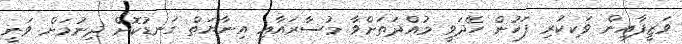
ވަޒީފާއިން ވަކިކުރި ފަހުން ހޭދަވީ މުއްދަތަށްވާ މުސާރައާއި އިނާޔަތް ގަނޑުކޮށް ދިނުމަށް ވަނީ